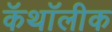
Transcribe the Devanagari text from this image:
कॅथॉलीक